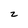
Character: z